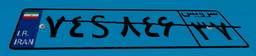
۶۶S۸۳۲۷۲